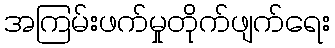
အကြမ်းဖက်မှုတိုက်ဖျက်ရေး